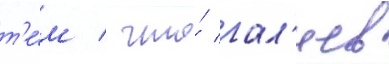
т'е́м / что́ гал'иев